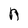
Character: n